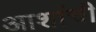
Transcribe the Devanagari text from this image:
आशांची